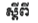
ស្តីពី